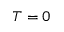
T = 0